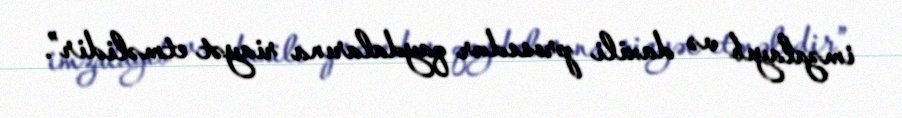
imzalayıb və daxili prosedur qaydalarına riayət etməlidir”.